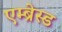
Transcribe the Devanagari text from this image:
एम्ब्रेस्ड